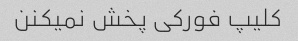
کلیپ فورکی پخش نمیکنن